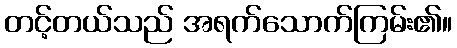
တင့်တယ်သည် အရက်သောက်ကြမ်း၏။